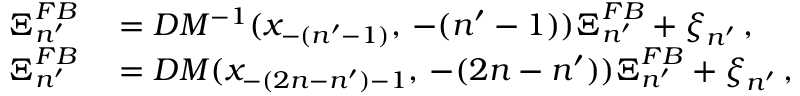
\begin{array} { r l } { \boldsymbol { \Xi } _ { n ^ { \prime } } ^ { F B } } & { { } = D M ^ { - 1 } ( x _ { - ( n ^ { \prime } - 1 ) } , \, - ( n ^ { \prime } - 1 ) ) \boldsymbol { \Xi } _ { n ^ { \prime } } ^ { F B } + \boldsymbol { \xi } _ { n ^ { \prime } } \, , } \\ { \boldsymbol { \Xi } _ { n ^ { \prime } } ^ { F B } } & { { } = D M ( x _ { - ( 2 n - n ^ { \prime } ) - 1 } , \, - ( 2 n - n ^ { \prime } ) ) \boldsymbol { \Xi } _ { n ^ { \prime } } ^ { F B } + \boldsymbol { \xi } _ { n ^ { \prime } } \, , } \end{array}